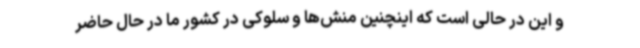
و این در حالی است که اینچنین منش‌ها و سلوکی در کشور ما در حال حاضر